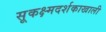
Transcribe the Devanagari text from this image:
सूकक्ष्मदर्शकाखाली